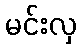
မင်းလှ